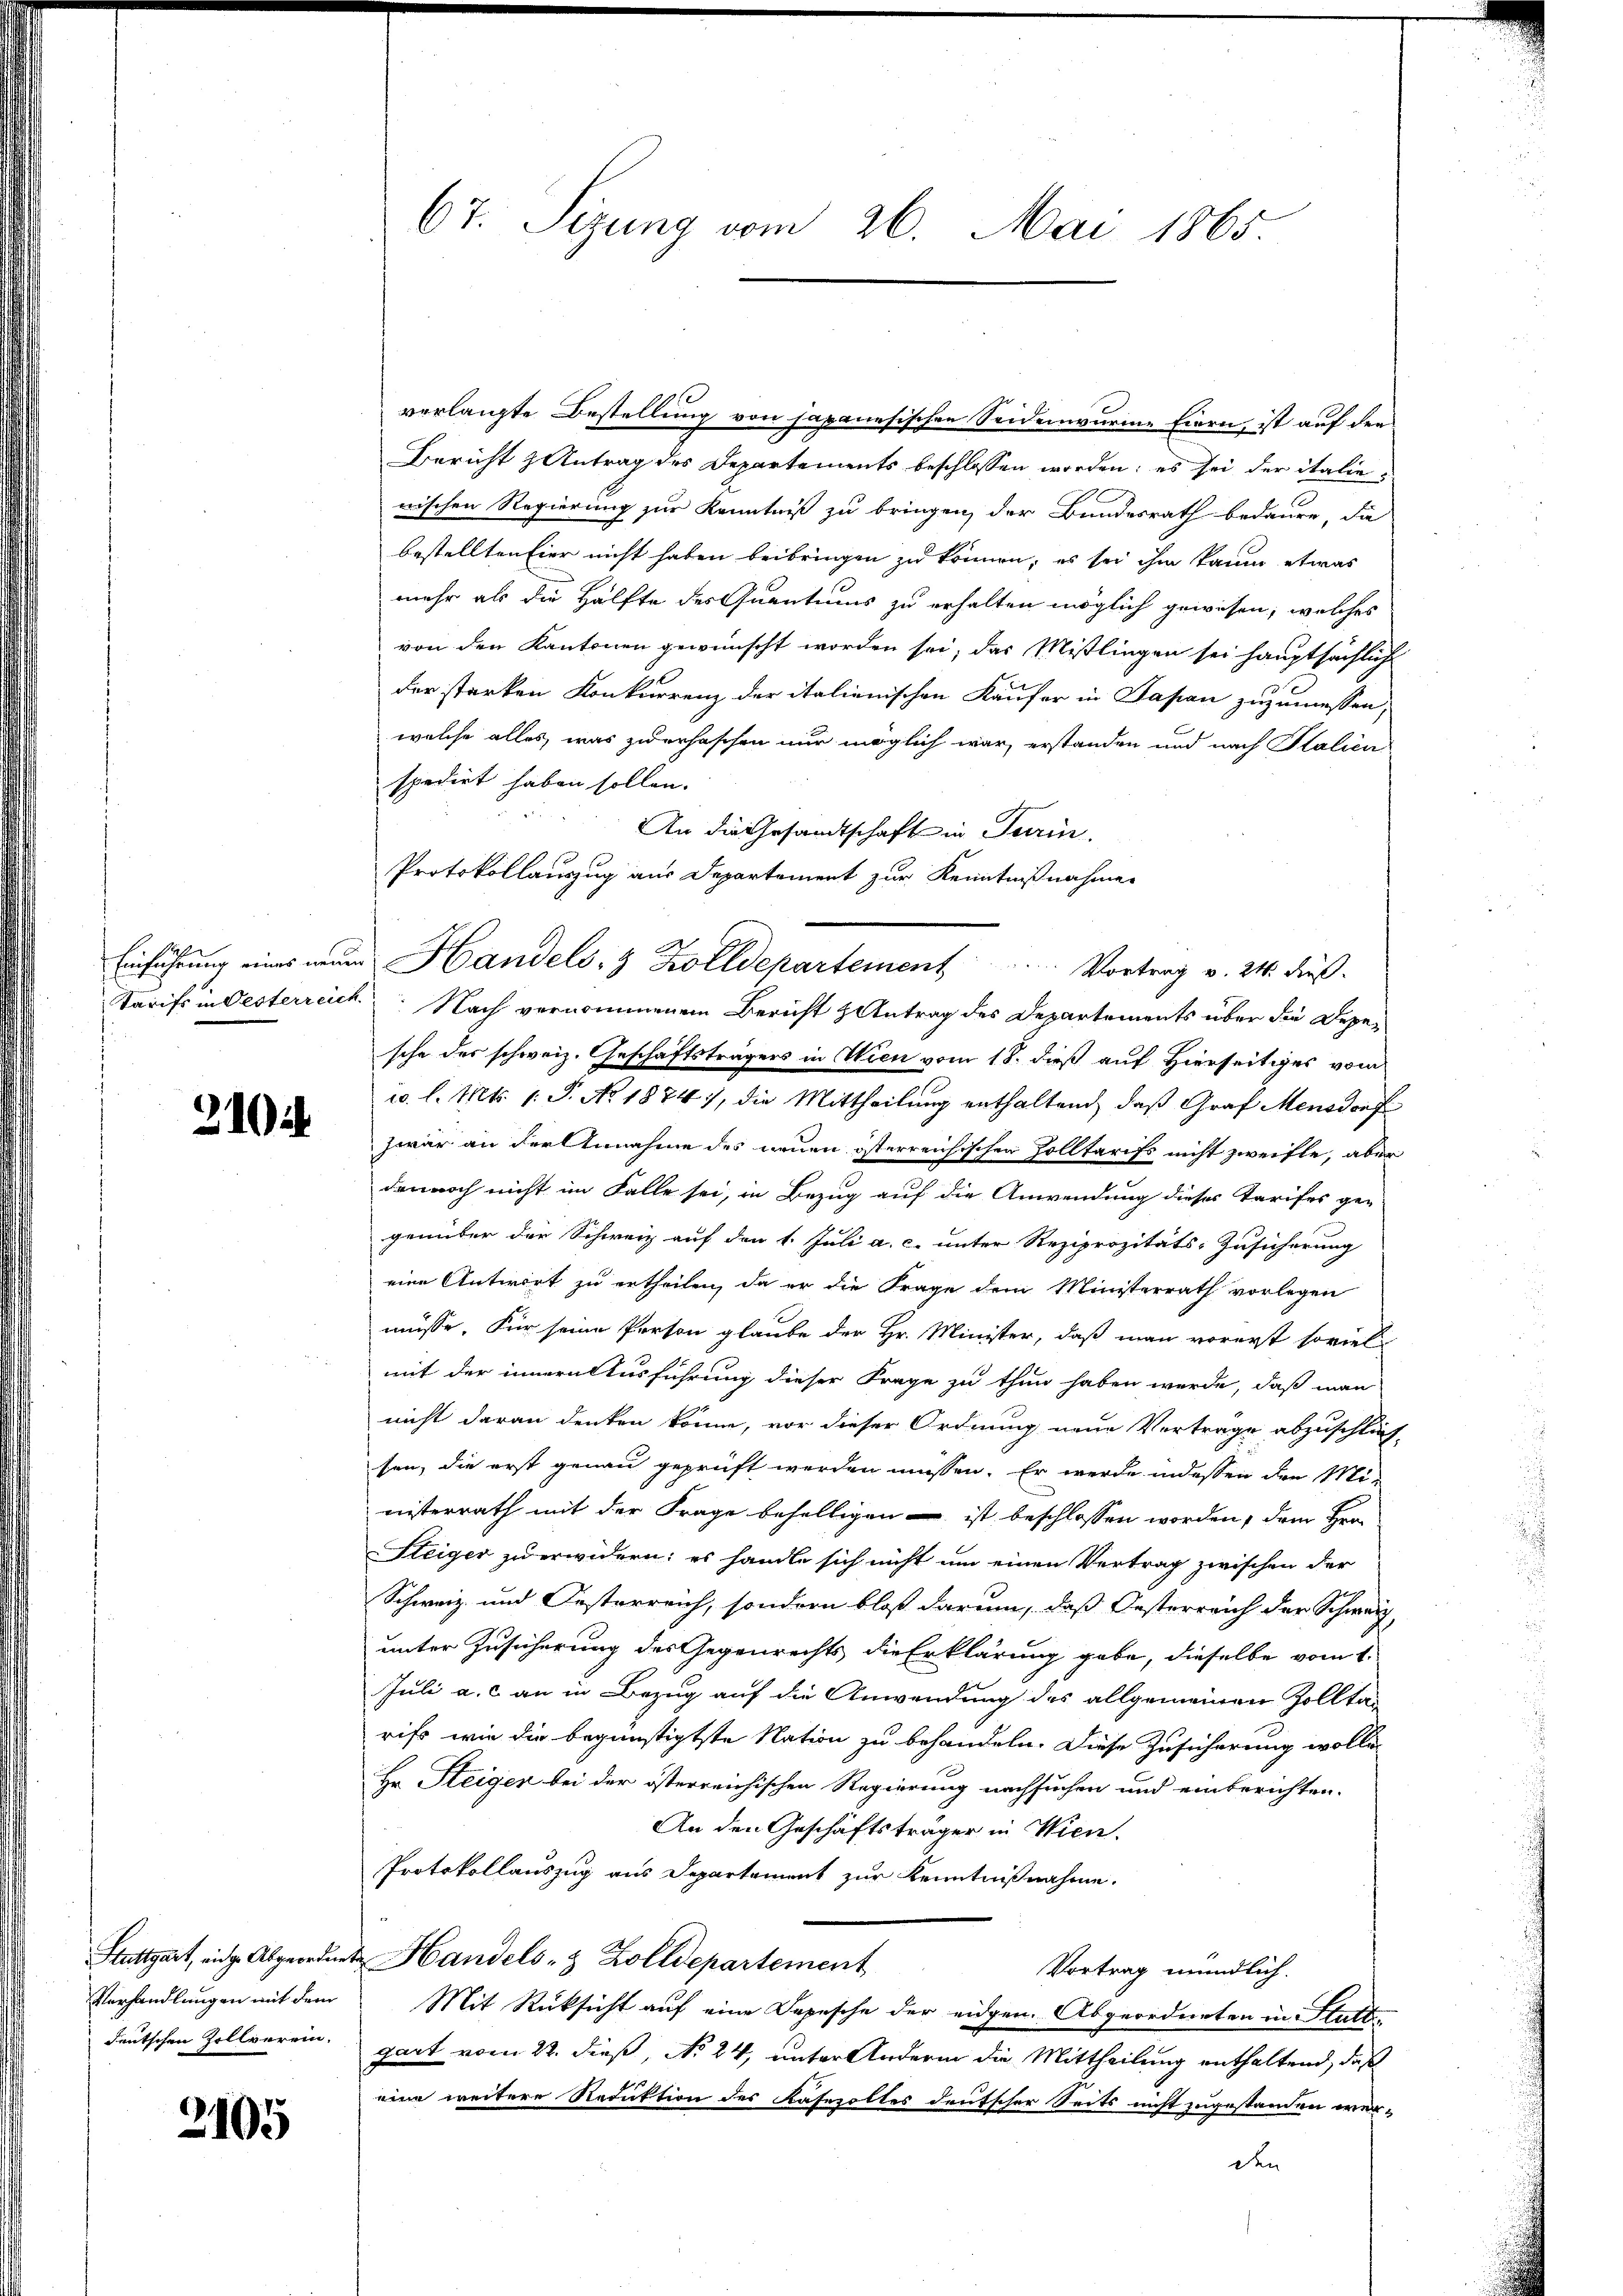
210

Verhandlungen mit dem
deutschen Zollverein.

2105

verlangte Bestellung von japanesischen Seidenwurme Eiern, ist auf den
Bericht & Antrag des Departements beschlossen worden; es sei der italie
wischen Regierung zur Kenntniß zu bringen, der Bundesrath bedaure, die
bestellten Eier nicht haben beibringen zu können; es sei ihm kaum etwas
mehr als die Hälfte des Quantums zu erhalten möglich gewesen, welches
von den Kantonen gewünscht worden sei, das Mißlingen sei hauptsächlich
der starken Konkurrenz der italienischen Käufer in Japan zuzumessen,
welche alles, was zuerhaschen nur möglich war, erstanden und nach Stalien
spedirt haben sollen.
An die Gesandtschaft in Turin
Protokollauszug aus Departement zur Kenntnißnahme
Einführung eines war Handels- & Zolldepartement . . . . ..  Vortrag v. 24. dieß.
Tarifs in Oesterreich. Nach vernommenem Bericht & Antrag des Departements über die Depesche des schweiz. Geschäftsträgers in Wien vom 18. dieß auf Hierseitiges vom
cc. l. Mts. 1. P. No. 1874), die Mittheilŭng enthaltend, daß Graf Mensdorf
zwar an der Annahme des neuen österreichischen Zolltarifs nicht zweifle, aber
dennoch nicht im Falle sei, in Bezug auf die Anwendung dieses Tarifes ge-
genüber der Schweiz auf den 1. Juli a. c. unter Reziprozitäts-Zusicherung
eine Antwort zu ertheilen, da er die Frage dem Ministerrath vorlegen
müsse. Für seine Person glaube der Hr. Minister, daß man vorerst soviel
mit der innern Ausführung dieser Frage zu thun haben werde, daß man
nicht daran denken könne, vor dieser Ordnung neue Verträge abzuschlies-
sen, die erst genau geprüft werden müssen. Er werde indessen den Ministerrath mit der Frage behelligen – ist beschlossen worden, dem Hrn.
Steiger zu erwidern: es handle sich nicht um einen Vertrag zwischen der
Schweiz und Oesterreich, sondern bloß darum, daß Oesterreich der Schweiz
unter Zusicherung des Gegenrechts die Erklärung gebe, dieselbe vom 1.
Juli a. c. an in Bezug auf die Anwendung des allgemeinen Zollta-
rifs, wie die begünstigtste Nation zu behandeln. Diese Zusicherung wolle
Hr. Steiger bei der österreichischen Regierung nachsuchen und einberichten.
An den Geschäftsträger in Wien.
Protokollauszug aus Departement zur Kenntnißnahme.
Stuttgart, eige Abgeordnete Handels- & Zolldepartement
Vortrag mündlich.
Mit Rüksicht auf eine Depesche der eidgen. Abgeordneten in Stattgart vom 22. dieß, No 24, unter Andern die Mittheilung enthaltend, daß
eine weitere Reduktion des Kasezolles deutscher Seits nicht zugestanden wer-
den

67. Sizung vom 26. Mai 1865.